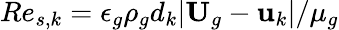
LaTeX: Re_{s,k}={\epsilon_{g}\rho_{g}d_{k}|\textbf{U}_{g}-\textbf{u}_{k}|}/{\mu_{g}}